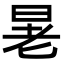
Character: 𪰚